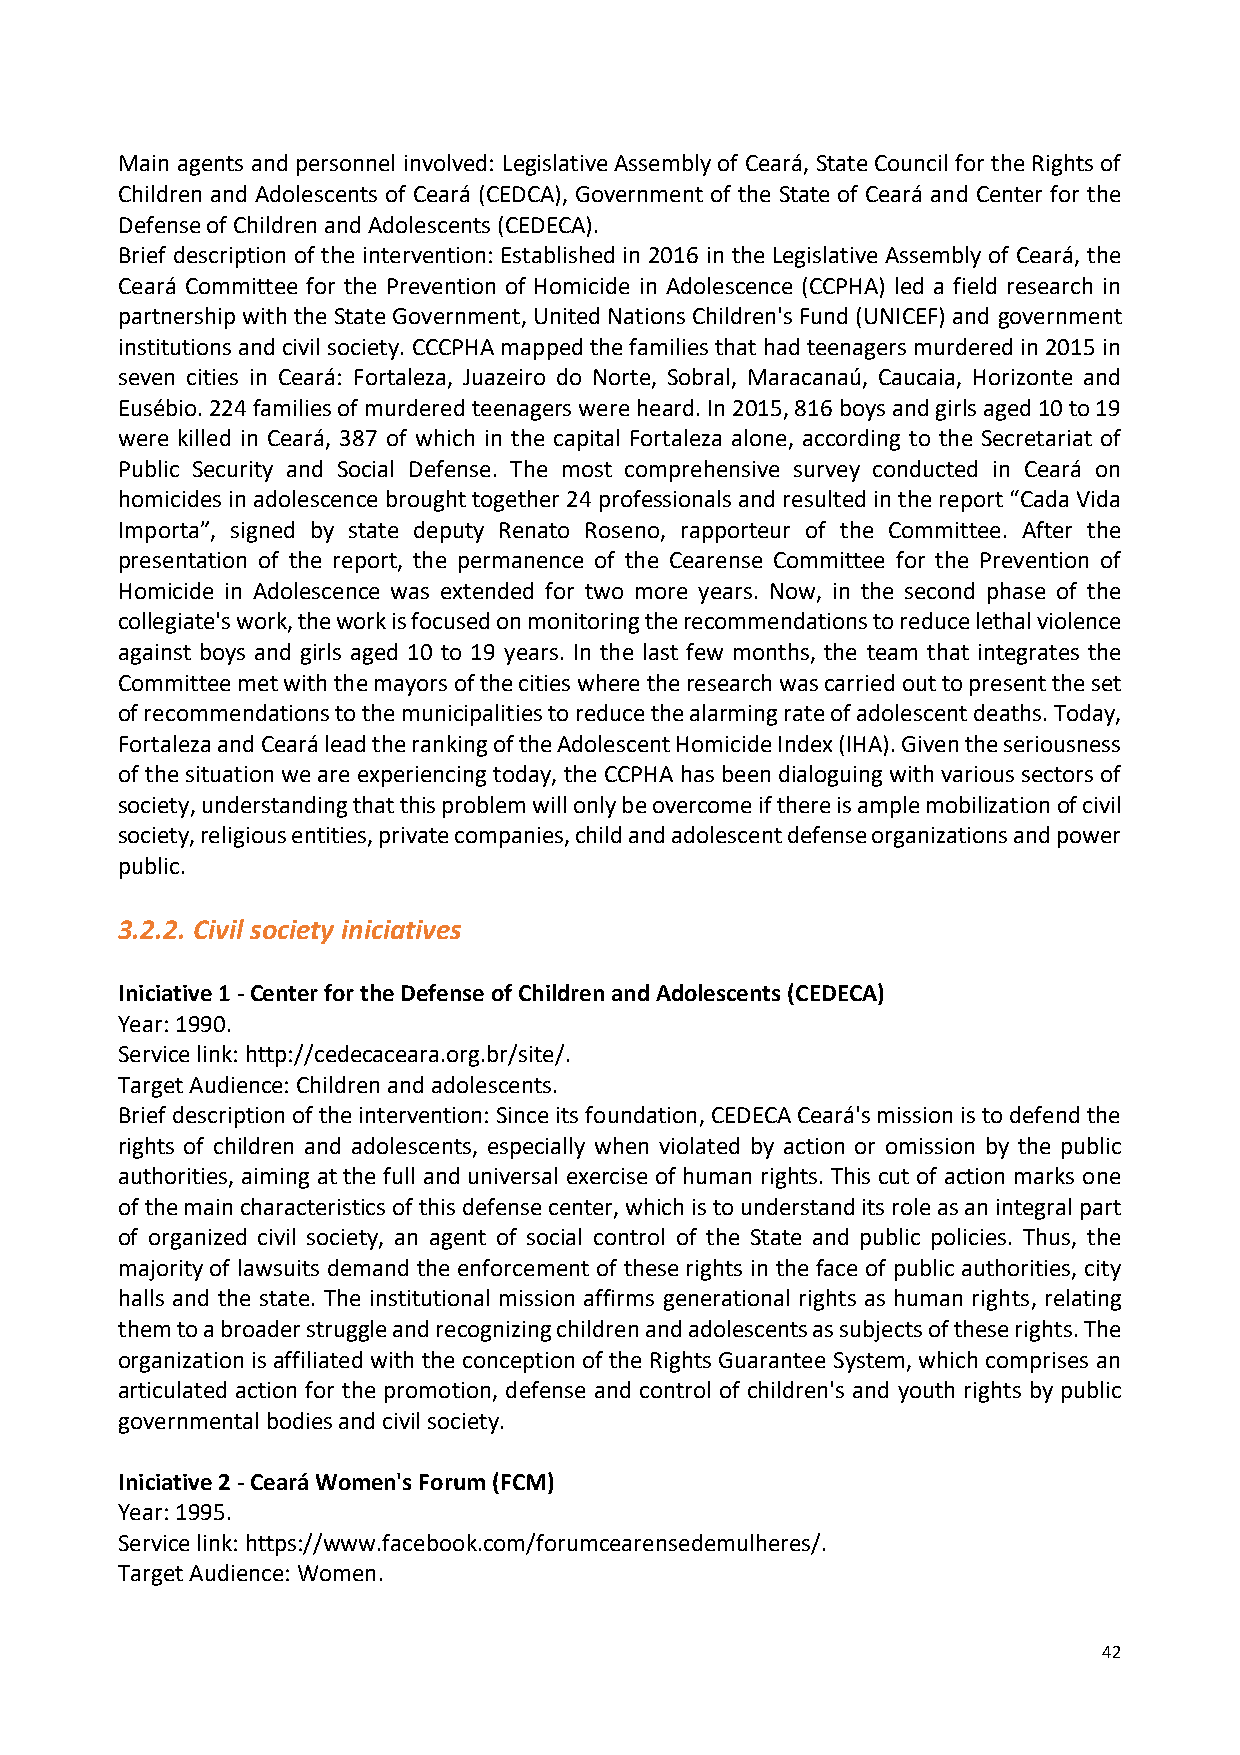
Main agents and personnel involved: Legislative Assembly of Ceará, State Council for the Rights of
 Children and Adolescents of Ceará (CEDCA), Government of the State of Ceará and Center for the
 Defense of Children and Adolescents (CEDECA).
 Brief description of the intervention: Established in 2016 in the Legislative Assembly of Ceará, the
 Ceará Committee for the Prevention of Homicide in Adolescence (CCPHA) led a field research in
 partnership with the State Government, United Nations Children's Fund (UNICEF) and government
 institutions and civil society. CCCPHA mapped the families that had teenagers murdered in 2015 in
 seven cities in Ceará: Fortaleza, Juazeiro do Norte, Sobral, Maracanaú, Caucaia, Horizonte and
 Eusébio. 224 families of murdered teenagers were heard. In 2015, 816 boys and girls aged 10 to 19
 were killed in Ceará, 387 of which in the capital Fortaleza alone, according to the Secretariat of
 Public Security and Social Defense. The most comprehensive survey conducted in Ceará on
 homicides in adolescence brought together 24 professionals and resulted in the report “Cada Vida
 Importa”, signed by state deputy Renato Roseno, rapporteur of the Committee. After the
 presentation of the report, the permanence of the Cearense Committee for the Prevention of
 Homicide in Adolescence was extended for two more years. Now, in the second phase of the
 collegiate's work, the work is focused on monitoring the recommendations to reduce lethal violence
 against boys and girls aged 10 to 19 years. In the last few months, the team that integrates the
 Committee met with the mayors of the cities where the research was carried out to present the set
 of recommendations to the municipalities to reduce the alarming rate of adolescent deaths. Today,
 Fortaleza and Ceará lead the ranking of the Adolescent Homicide Index (IHA). Given the seriousness
 of the situation we are experiencing today, the CCPHA has been dialoguing with various sectors of
 society, understanding that this problem will only be overcome if there is ample mobilization of civil
 society, religious entities, private companies, child and adolescent defense organizations and power
 public.
 3.2.2. Civil society iniciatives
 Iniciative 1 - Center for the Defense of Children and Adolescents (CEDECA)
 Year: 1990.
 Service link: http://cedecaceara.org.br/site/.
 Target Audience: Children and adolescents.
 Brief description of the intervention: Since its foundation, CEDECA Ceará's mission is to defend the
 rights of children and adolescents, especially when violated by action or omission by the public
 authorities, aiming at the full and universal exercise of human rights. This cut of action marks one
 of the main characteristics of this defense center, which is to understand its role as an integral part
 of organized civil society, an agent of social control of the State and public policies. Thus, the
 majority of lawsuits demand the enforcement of these rights in the face of public authorities, city
 halls and the state. The institutional mission affirms generational rights as human rights, relating
 them to a broader struggle and recognizing children and adolescents as subjects of these rights. The
 organization is affiliated with the conception of the Rights Guarantee System, which comprises an
 articulated action for the promotion, defense and control of children's and youth rights by public
 governmental bodies and civil society.
 Iniciative 2 - Ceará Women's Forum (FCM)
 Year: 1995.
 Service link: https://www.facebook.com/forumcearensedemulheres/.
 Target Audience: Women.
 42